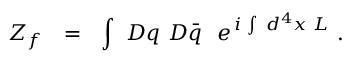
Z _ { f } \ \ = \ \ \int \, \, { \cal D } q \, \, { \cal D } \bar { q } \, \, \, \, e ^ { \, i \, \int \, \, d ^ { 4 } x \, \, { \cal L } } \, \, .